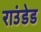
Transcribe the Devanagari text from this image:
राउंडेड